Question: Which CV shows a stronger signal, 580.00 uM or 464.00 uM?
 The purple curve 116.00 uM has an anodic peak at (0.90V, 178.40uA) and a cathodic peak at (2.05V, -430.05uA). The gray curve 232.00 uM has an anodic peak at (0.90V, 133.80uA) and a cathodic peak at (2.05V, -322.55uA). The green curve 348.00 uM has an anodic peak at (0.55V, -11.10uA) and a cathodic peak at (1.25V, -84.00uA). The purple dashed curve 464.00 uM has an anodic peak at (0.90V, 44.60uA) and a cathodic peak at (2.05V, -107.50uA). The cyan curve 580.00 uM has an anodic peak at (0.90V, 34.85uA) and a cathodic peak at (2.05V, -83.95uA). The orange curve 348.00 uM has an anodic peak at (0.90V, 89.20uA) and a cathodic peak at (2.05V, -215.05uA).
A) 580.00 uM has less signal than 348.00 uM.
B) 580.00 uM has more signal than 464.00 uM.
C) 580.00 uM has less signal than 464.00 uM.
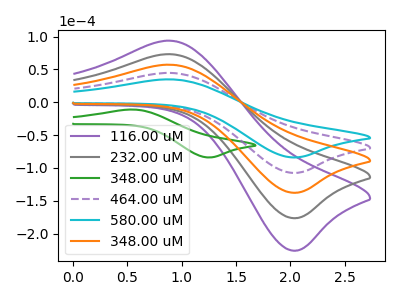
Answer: <think>All the peaks in "580.00 uM" have a peak in "464.00 uM" at the same potential. Every peak in "580.00 uM" is lower than every peak in "464.00 uM".
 </think>
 <answer>C) "580.00 uM" has less signal than "464.00 uM".</answer>
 <eval>C</eval>